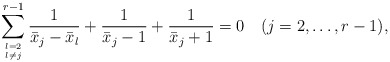
\begin{align*}\sum_{l=2\atop l\ne j}^{r-1} {1\over{\bar{x}_j-\bar{x}_l}}+{1\over{\bar{x}_j-1}} +{1\over{\bar{x}_j+1}}=0 \quad (j=2,\ldots,r-1), \end{align*}